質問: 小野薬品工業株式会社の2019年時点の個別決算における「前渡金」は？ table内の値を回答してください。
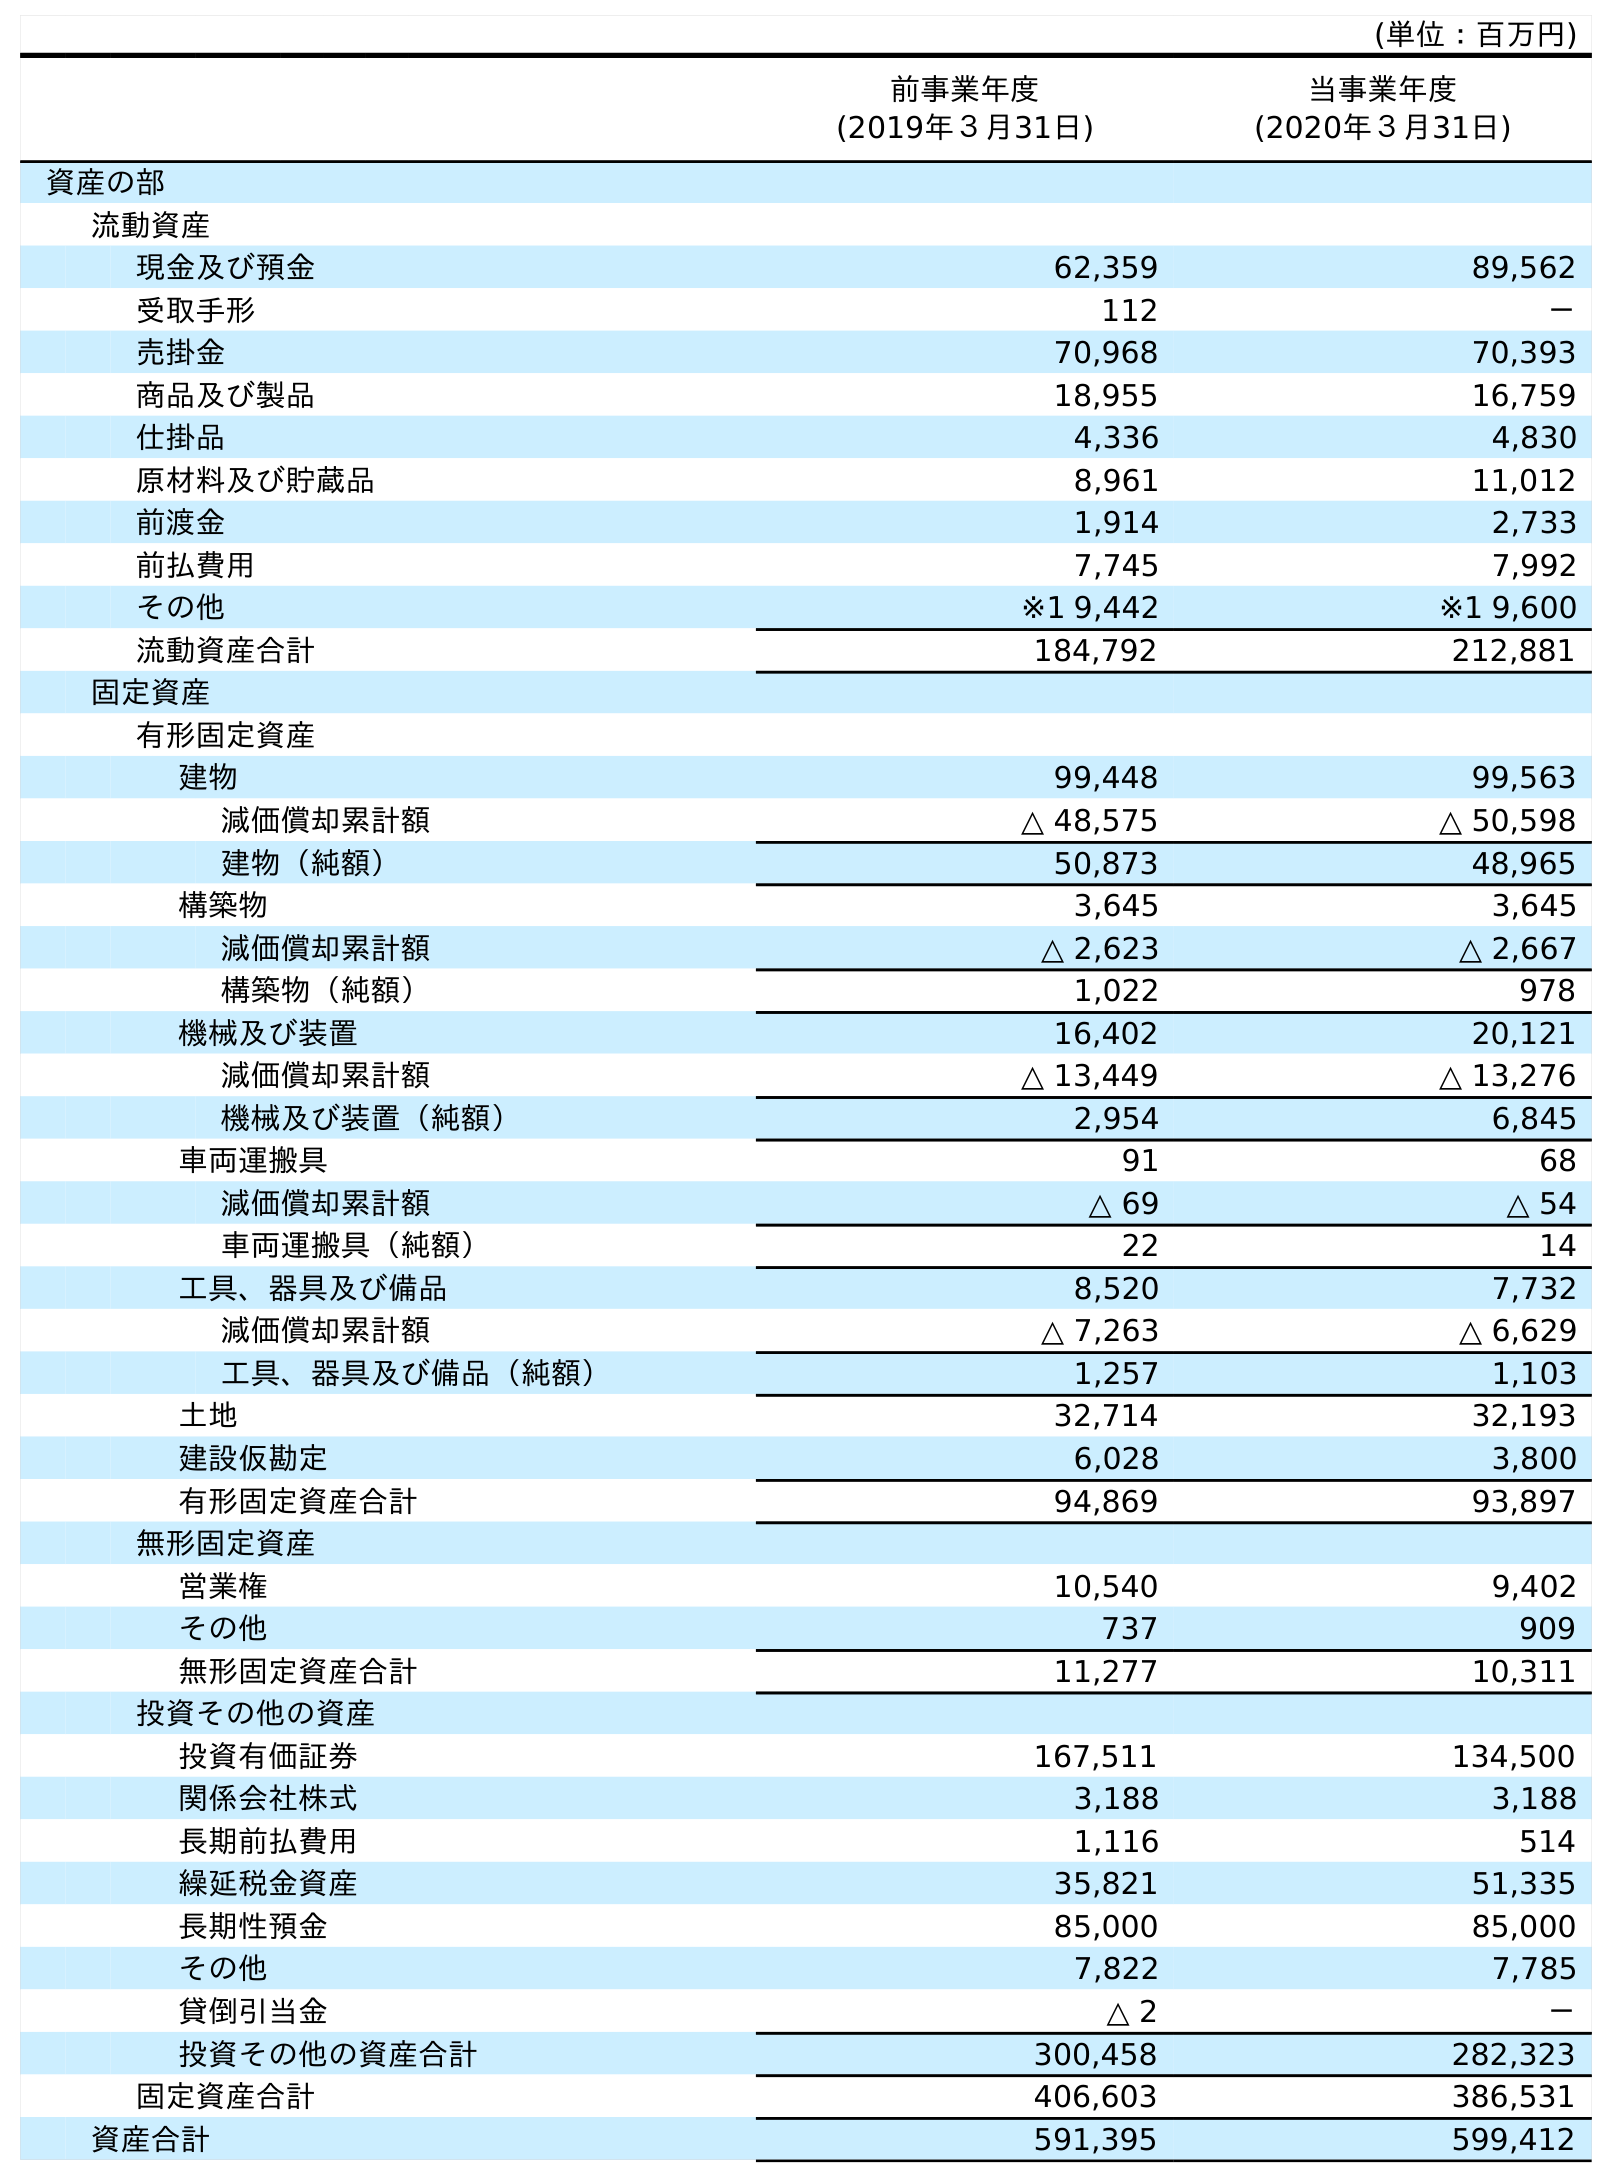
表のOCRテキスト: (単位：百万円) 前事業年度 (2019年３月31日) 当事業年度 (2020年３月31日) 資産の部 流動資産 現金及び預金 62,359 89,562 受取手形 112 － 売掛金 70,968 70,393 商品及び製品 18,955 16,759 仕掛品 4,336 4,830 原材料及び貯蔵品 8,961 11,012 前渡金 1,914 2,733 前払費用 7,745 7,992 その他 ※1 9,442 ※1 9,600 流動資産合計 184,792 212,881 固定資産 有形固定資産 建物 99,448 99,563 減価償却累計額 △ 48,575 △ 50,598 建物（純額） 50,873 48,965 構築物 3,645 3,645 減価償却累計額 △ 2,623 △ 2,667 構築物（純額） 1,022 978 機械及び装置 16,402 20,121 減価償却累計額 △ 13,449 △ 13,276 機械及び装置（純額） 2,954 6,845 車両運搬具 91 68 減価償却累計額 △ 69 △ 54 車両運搬具（純額） 22 14 工具、器具及び備品 8,520 7,732 減価償却累計額 △ 7,263 △ 6,629 工具、器具及び備品（純額） 1,257 1,103 土地 32,714 32,193 建設仮勘定 6,028 3,800 有形固定資産合計 94,869 93,897 無形固定資産 営業権 10,540 9,402 その他 737 909 無形固定資産合計 11,277 10,311 投資その他の資産 投資有価証券 167,511 134,500 関係会社株式 3,188 3,188 長期前払費用 1,116 514 繰延税金資産 35,821 51,335 長期性預金 85,000 85,000 その他 7,822 7,785 貸倒引当金 △ 2 － 投資その他の資産合計 300,458 282,323 固定資産合計 406,603 386,531 資産合計 591,395 599,412
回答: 1,914